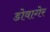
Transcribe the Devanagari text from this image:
डोवागेर